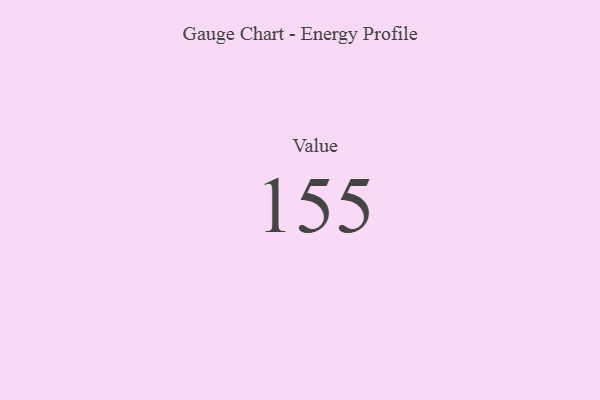
{"axis": {"x": "Metric", "y": "Value"}, "legend": [""], "data": [{"x": "Value", "y": 155, "type": ""}]}